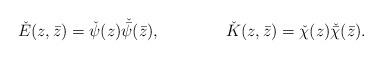
LaTeX: \begin{align*}\check E(z,\bar z)=\check \psi(z)\check {\bar\psi}(\bar z),~~~~~~~~~~~~\check K(z,\bar z)=\check\chi(z)\check{\bar\chi}(\bar z).\end{align*}